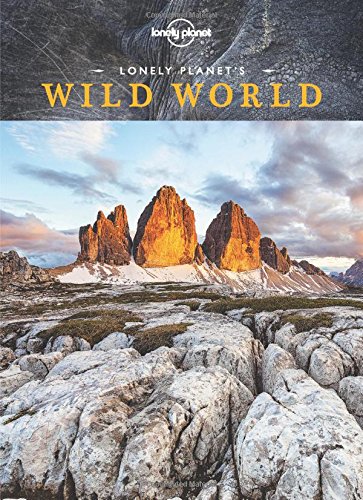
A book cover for Lonely Planet's Wild World; Lonely Planet; Sports & Outdoors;